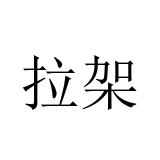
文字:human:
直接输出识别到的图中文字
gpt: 拉架